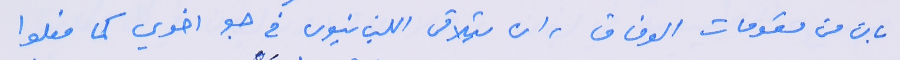
بان من مقومات الوفاق، ان يتلاقى اللبنانيون في جو اخوي كما فعلوا